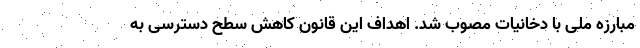
مبارزه ملی با دخانیات مصوب شد. اهداف این قانون کاهش سطح دسترسی به